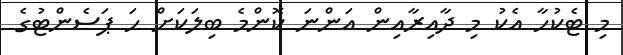
މި ޓެކުހާ އެކު މި ދާއިރާއިން އަންނަ ކޮންމެ ބިލަކަށް ހަ ޕަސެންޓުގެ